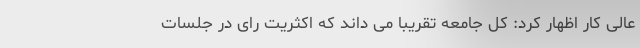
عالی کار اظهار کرد: کل جامعه تقریبا می داند که اکثریت رای در جلسات